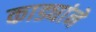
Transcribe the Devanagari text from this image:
काड्यांने